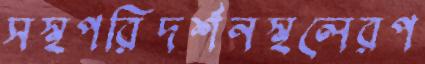
সস্থপরিদর্শনস্থলেরপ